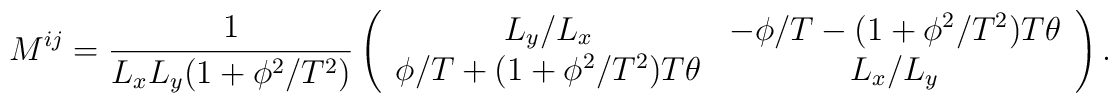
M^{ij}=\frac{1}{L_xL_y(1+\phi^2/T^2)}\left(\begin{array}{cc}         L_y/L_x & -\phi/T-(1+\phi^2/T^2)T\theta \\         \phi/T+(1+\phi^2/T^2)T\theta & L_x/L_y         \end{array}\right).